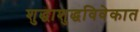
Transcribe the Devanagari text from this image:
शुद्धाशुद्धविवेकात